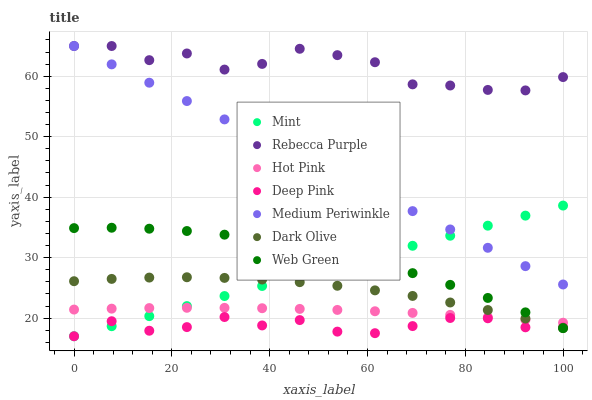
| xaxis_label | Mint | Rebecca Purple | Hot Pink | Deep Pink | Medium Periwinkle | Dark Olive | Web Green |
 | --- | --- | --- | --- | --- | --- | --- | --- |
 | 0 | 17 | 65 | 21.4 | 17 | 65 | 26.1 | 34.9 |
 | 7.69 | 18.7 | 65 | 21.6 | 19.5 | 62 | 26.5 | 34.9 |
 | 15.4 | 20.3 | 62.7 | 21.7 | 17.9 | 58.9 | 26.7 | 34.8 |
 | 23.1 | 22 | 63.8 | 21.7 | 18.5 | 55.9 | 26.8 | 34.4 |
 | 30.8 | 23.7 | 61.1 | 21.7 | 20.2 | 52.9 | 26.7 | 33.8 |
 | 38.5 | 25.3 | 62 | 21.6 | 18.8 | 49.8 | 26.4 | 33 |
 | 46.2 | 27 | 64.5 | 21.5 | 19.7 | 46.8 | 25.9 | 31.9 |
 | 53.8 | 28.6 | 63.5 | 21.4 | 17.8 | 43.8 | 25.3 | 30.7 |
 | 61.5 | 30.3 | 62.3 | 21.1 | 17.5 | 40.7 | 24.6 | 29.2 |
 | 69.2 | 32 | 58.7 | 20.9 | 18.7 | 37.7 | 23.7 | 27.4 |
 | 76.9 | 33.6 | 58.5 | 20.5 | 20 | 34.7 | 22.6 | 25.5 |
 | 84.6 | 35.3 | 57.7 | 20.2 | 20 | 31.6 | 21.3 | 23.3 |
 | 92.3 | 37 | 57.7 | 19.7 | 18.5 | 28.6 | 19.9 | 21 |
 | 100 | 38.6 | 59.9 | 19.2 | 18.4 | 25.6 | 18.4 | 18.3 |